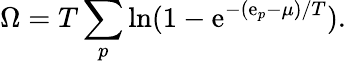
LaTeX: \Omega=T\sum_{p}\ln(1-\mathrm{e}^{-(\mathrm{e}_{p}-\mu)/T}).